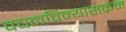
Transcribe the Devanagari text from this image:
वचनविन्यासक्रम